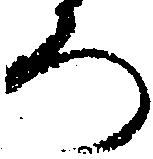
ろ